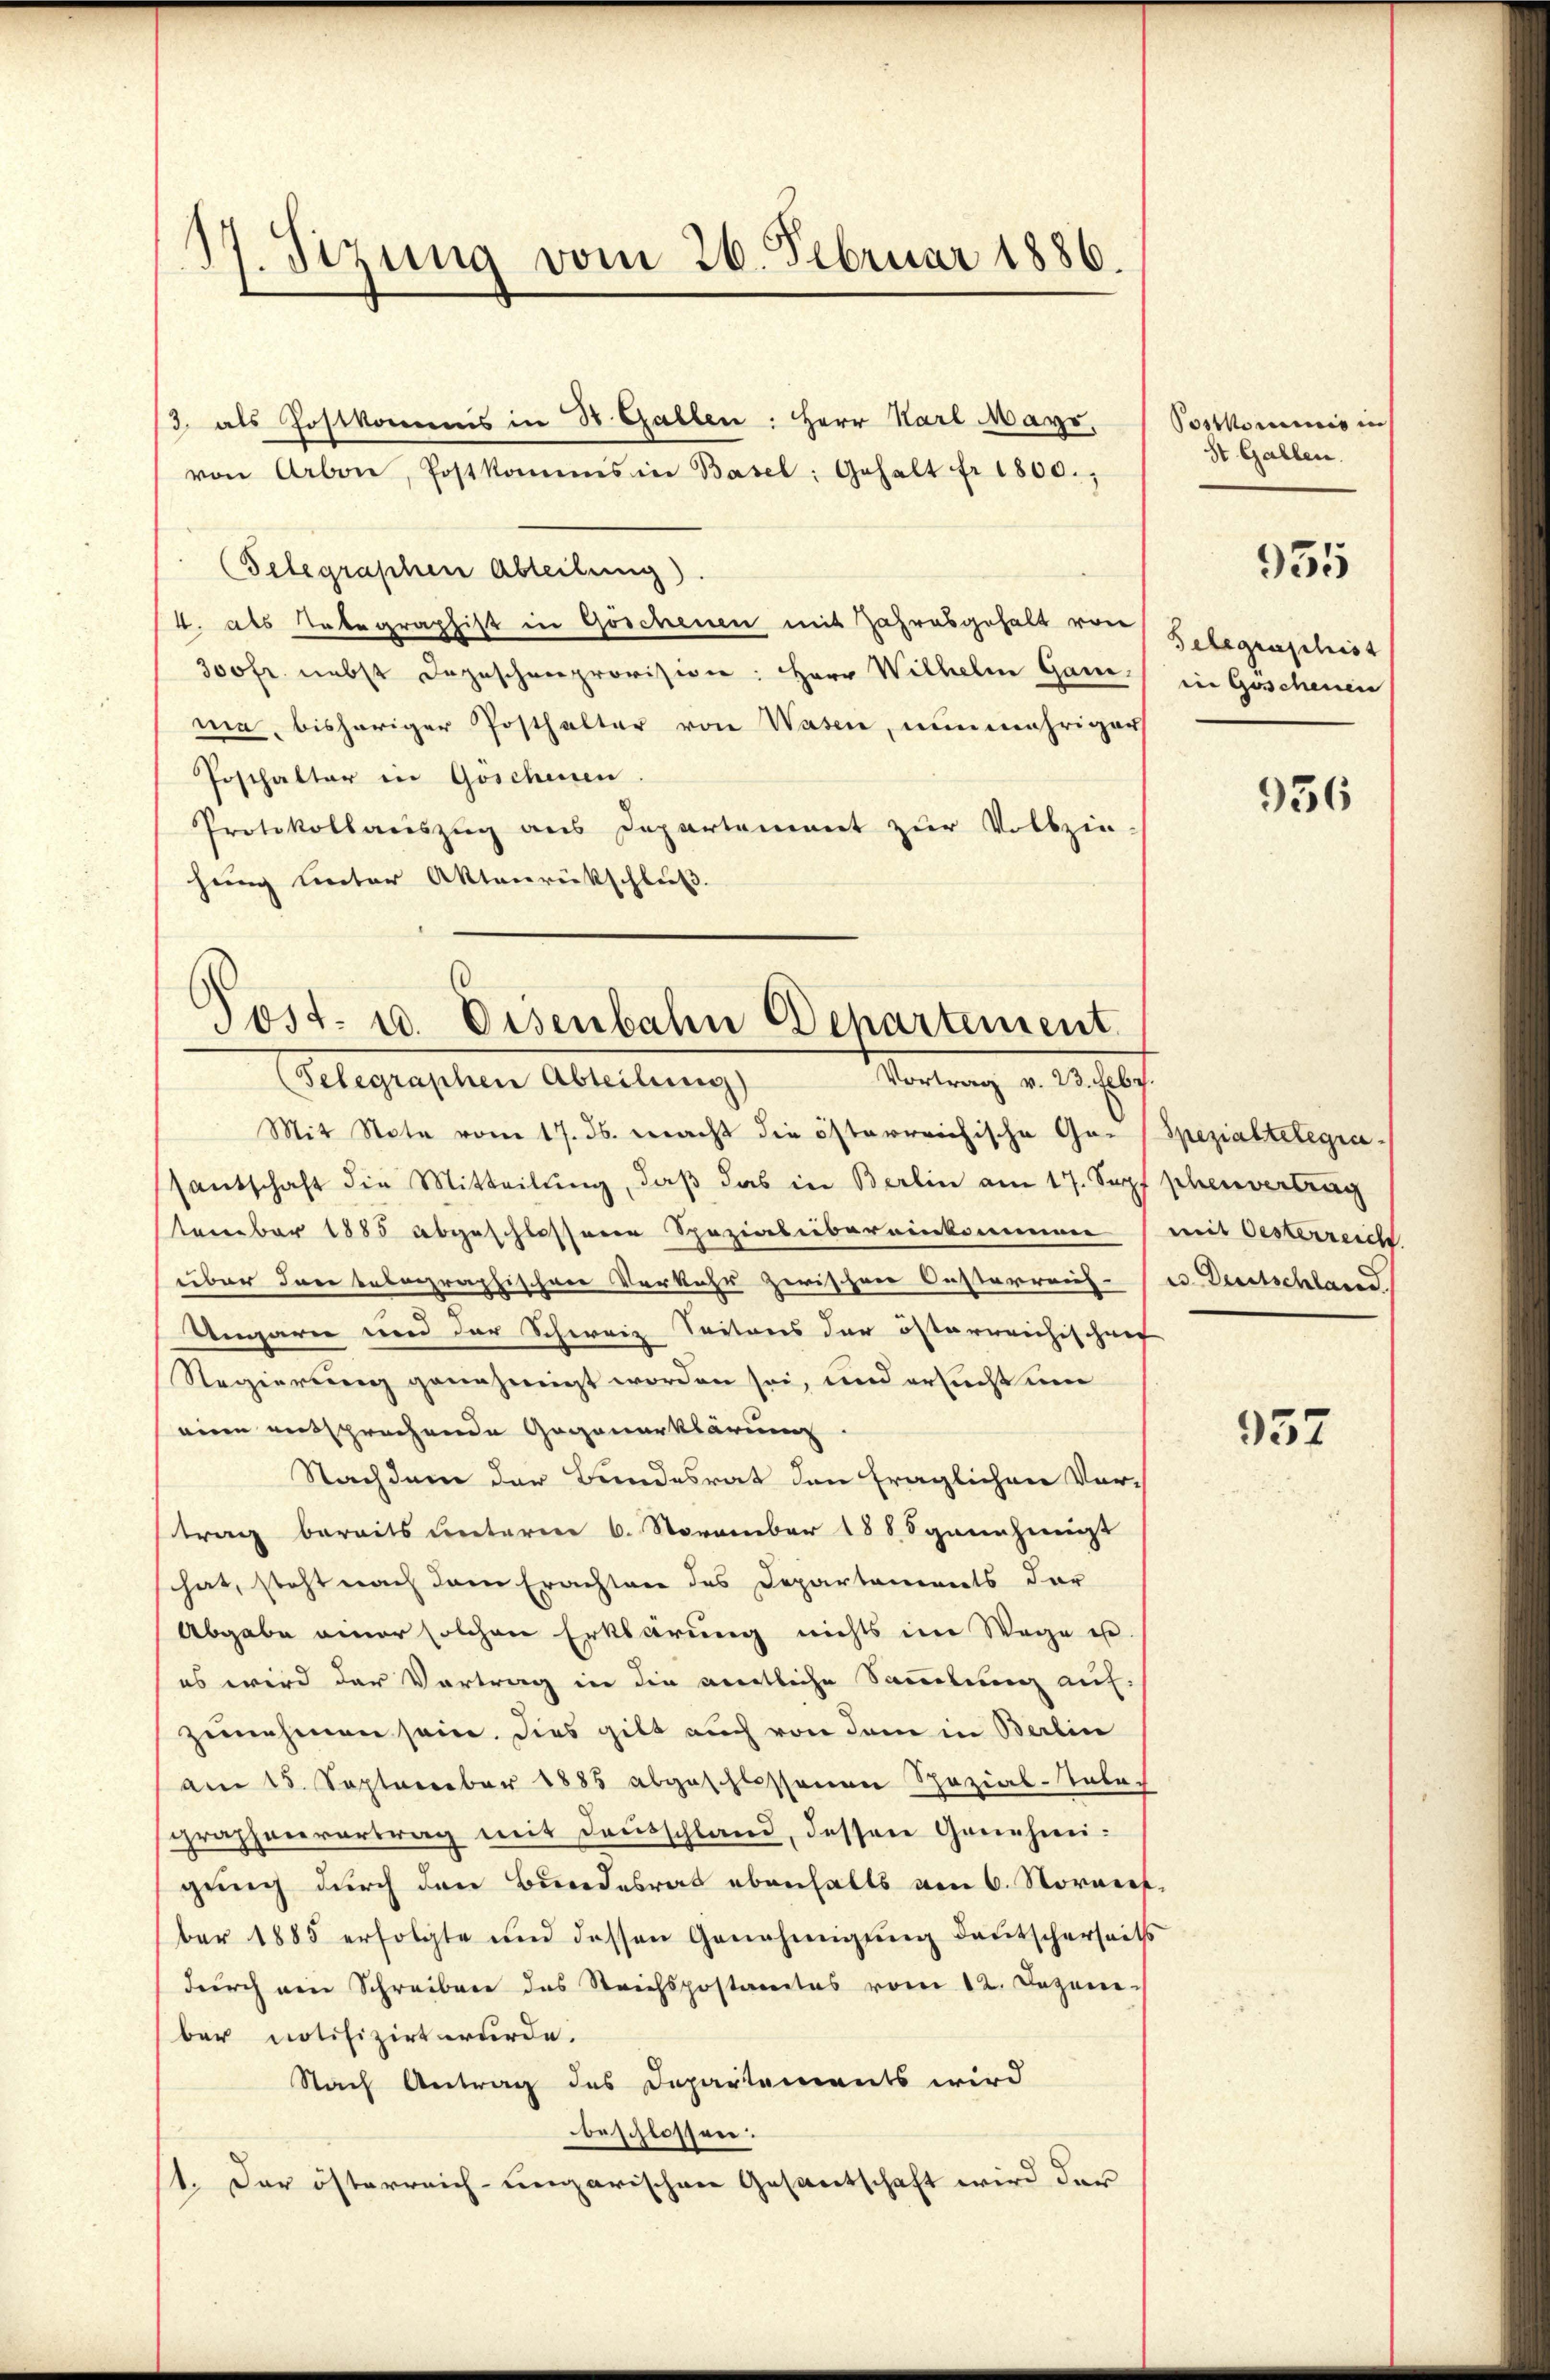
17. Sizung vom 26. Februar 1886.

von Arbon, Postkommis in Basel: Gehalt fr. 1800.,
(Telegraphen Abteilung)
4. als Tabegraphist in Göschenen mit Jahresgehalt von
300fr. nebst Depeschenprovision: Herr Wilhelm Gani-
ma, bisheriger Posthalter von Wasen, nunmehriger
Posthalter in Göschenen.
Protokollauszug aus Departement zur Vollzie-
hung unter Aktenrückschluß.

3. als Postkommis in St. Gallen: Herr Karl Mayr,

Post- u. Disenbahn Departement.
Vortrag v. 23. Erbg.
(Telegraphen Abteilung)

Mit Note vom 17. ds. macht die österreichische Ge- Spezialtelegrasantschaft die Mitteilŭng, daβ das in Berlin am 17. Sopf phenvertrag
tember 1885 abgeschlossene Spezialibereinkommen (mit Oesterreicht
über dere belegraphischen Verkehr zwischen Oesterreiche Deutschland
Ungarn und der Schweiz Seitens der österreichischen
Regierung genehmigt worden sei, und ersucht um
eine entsprechende Gegenerklärung.
Nachdem der Bundesrat den fraglichen Vor-
trag bereits unterm 6. November 1885 genehmigt
hat, steht nach dem Erachten des Departements der
Abgabe einer solchen Erklärung nichts im Wege u.
es wird der Vortrag in die amtliche Sammlung auf-
zunehmen sein. Dies gilt auch von dem in Berlin
am 15. September 1885 abgeschlossenen Spezial-Telegraphenvertrag mit Dausschland, dessen Genehmigung durch den Bundesrat ebenfalls am 6. Norwerf
ber 1885 erfolgte und dessen Genehmigŭng deutscherseits
durch ein Schreiben das Strichspostantes vom 12. Dezem-
ber notifizirt wurde.
Nach Antrag des Departements wird
beschlossen:
1. Der österreich-ungarischen Gesantschaft wird der

Portoriis in
St. Gallen.
Gelegraphist
ine Geschenen

955

936

957